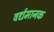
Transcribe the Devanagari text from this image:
वर्द्यमानक